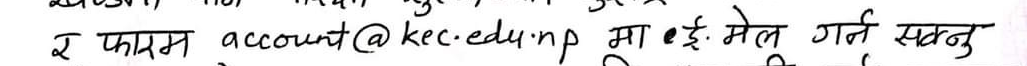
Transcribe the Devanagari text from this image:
र फार्म account@kec.edu.np मा ई. मेल गर्न सक्नु